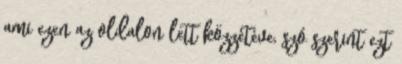
ami ezen az oldalon lett közzétéve, szó szerint ezt